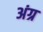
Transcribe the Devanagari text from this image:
अंग्र